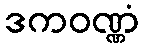
ဒကဝဏ္ဏံ